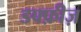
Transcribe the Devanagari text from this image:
डफ्फ़ीज़